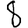
Digit: 8